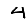
Digit: 4